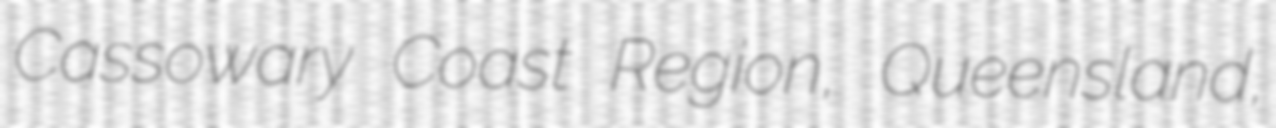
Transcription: Cassowary Coast Region, Queensland,